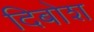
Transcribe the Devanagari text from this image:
दिबोश